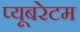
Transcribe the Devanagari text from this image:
प्यूबरेटम